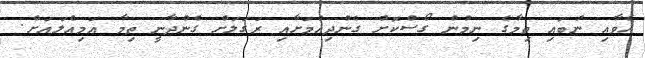
ހެވާއި ނުބައި ތިމާގެ ނިމުން ގޯސްކޮށް ގެންދިއުމަށާއި ރަގަލަށް ގެންދާނީ ތިމާ އަމިއްލައަށް.